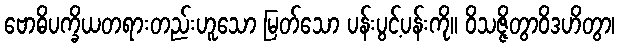
ဗောဓိပက္ခိယတရားတည်းဟူသော မြတ်သော ပန်းပွင့်ပန်းကို။ ဝိသဇ္ဇိတွာဝိဒဟိတွာ၊